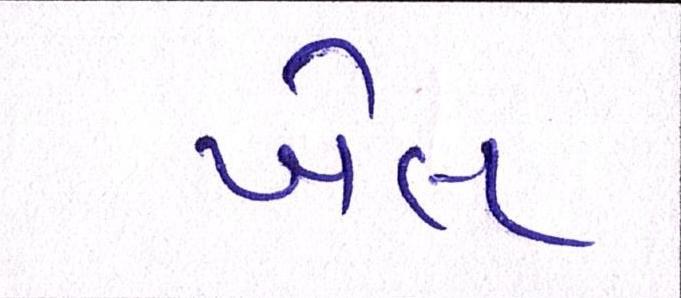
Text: ખેલ